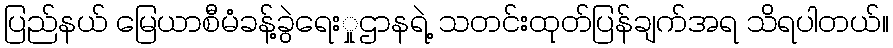
ပြည်နယ် မြေယာစီမံခန့်ခွဲရေးှုဌာနရဲ့ သတင်းထုတ်ပြန်ချက်အရ သိရပါတယ်။